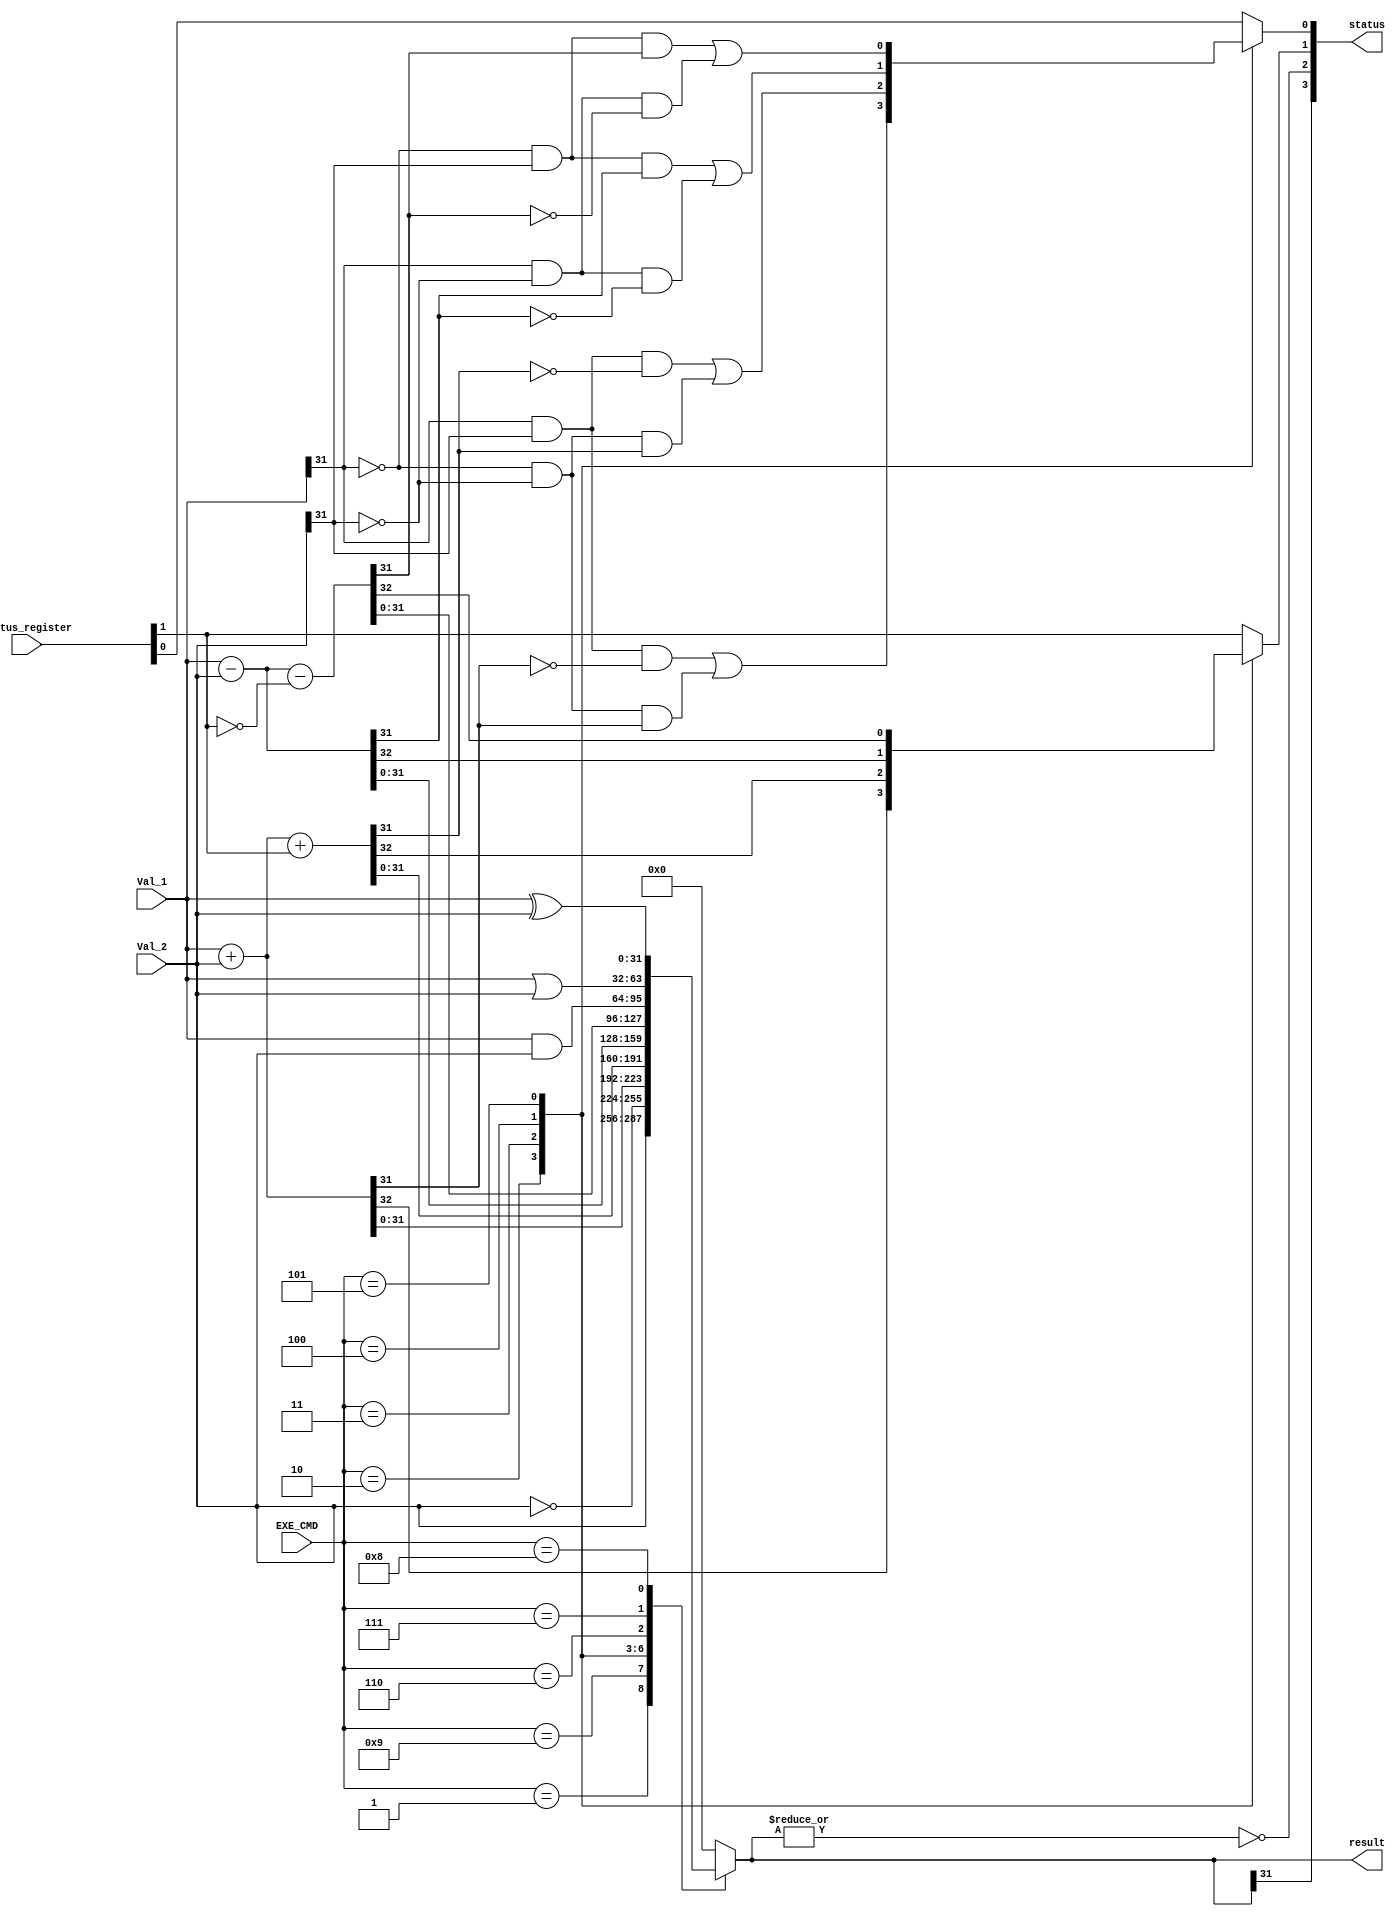
module ALU(Val_1, Val_2, status_register, EXE_CMD, status, result);
	input [31 : 0]Val_1, Val_2;
	input [3 : 0] status_register, EXE_CMD;
	output [3 : 0] status;
	output reg [31 : 0]result;

wire N, Z, N_in, Z_in, C_in, V_in;
reg C, V;

assign {N_in, Z_in, C_in, V_in} = status_register;
assign N = result[31];
assign Z = ~(|result);
assign status = {N, Z, C, V};

always @(Val_1, Val_2, status_register, EXE_CMD) begin
	C = C_in;
	V = V_in;
	case(EXE_CMD)
		4'b0001: begin : MOV
	             result = Val_2;
		end
		4'b1001: begin : MVN
	             result = ~Val_2;
		end
		4'b0010: begin : ADD
	             {C, result} = Val_1 + Val_2;
		      V = (Val_1[31] & Val_2[31] & ~result[31]) | (~Val_1[31] & ~Val_2[31] & result[31]);
		end
		4'b0011: begin : ADC
	             {C, result} = Val_1 + Val_2 + C_in;
		      V = (Val_1[31] & Val_2[31] & ~result[31]) | (~Val_1[31] & ~Val_2[31] & result[31]);
		end
		4'b0100: begin : SUB
	             {C, result} = Val_1 - Val_2;
		      V = ((~Val_1[31] & Val_2[31]) & result[31]) | ((Val_1[31] & ~Val_2[31]) & ~result[31]);
		end
		4'b0101: begin : SUB_WITH_CARRY
	             {C, result} = Val_1 - Val_2 - {31'b0, ~C_in};
		      V = ((~Val_1[31] & Val_2[31]) & result[31]) | ((Val_1[31] & ~Val_2[31]) & ~result[31]);
		end
		4'b0110: begin : AND
	             result = Val_1 & Val_2;
		end
		4'b0111: begin : ORR
	             result = Val_1 | Val_2;
		end
		4'b1000: begin : XOR
	             result = Val_1 ^ Val_2;
		end
		default: result = 32'b0;
	endcase
end

endmodule